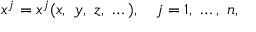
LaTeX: x ^ { j } = x ^ { j } ( x , \ y , \ z , \ \dots ) , \quad j = 1 , \ \dots , \ n ,